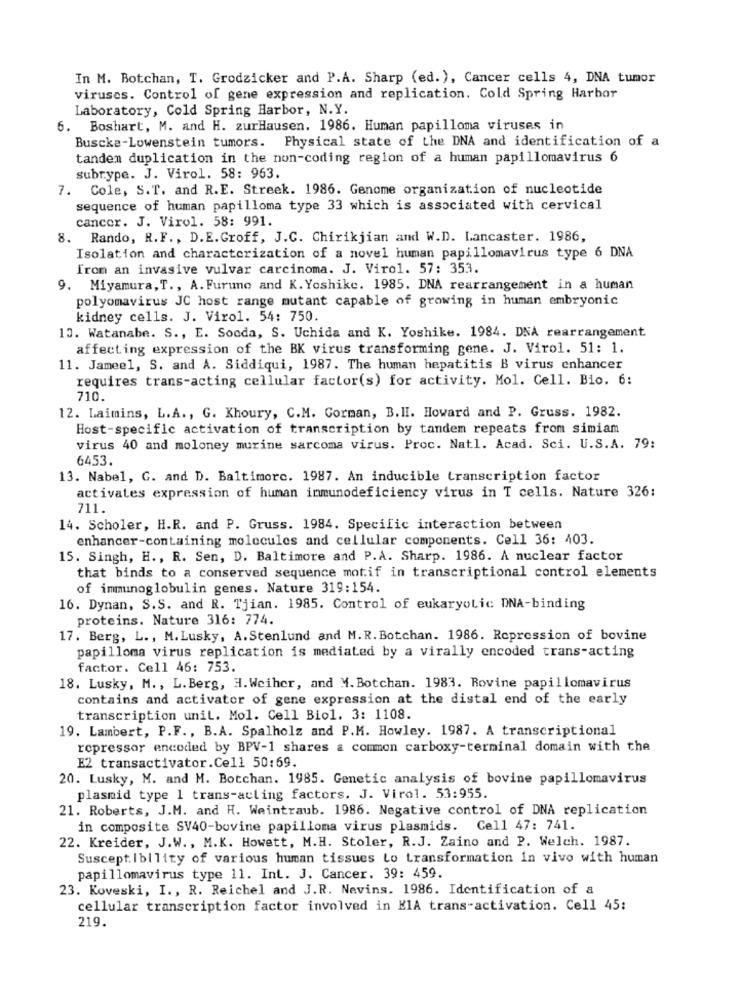
In M. Botchan, T. Grodzicker and P.A. Sharp (ed. ), Cancer cells 4, DNA tumor
viruses. Control of gene expression and replication. Cold Spring Harbor
Laboratory, Cold Spring Harbor, N.Y.
6. Boshart, M. and H. zurHausen. 1986. Human papilloma viruses in
Buscke-Lowenstein tumors. Physical state of the DNA and identification of a
tandem duplication in the non-coding region of a human papillomavirus 6
subtype. J. Virol. 58: 963.
7. Cole, S.T. and R.E. Streek. 1986. Genome organization of nucleotide
sequence of human papilloma type 33 which is associated with cervical
cancer. J. Virol. 58: 991.
8. Rando, R.F ., D.E.Groff, J.C. Chirikjian and W.D. Lancaster. 1986,
Isolation and characterization of a novel human papillomavirus type 6 DNA
from an invasive vulvar carcinoma. J. Virol. 57: 353.
9. Miyamura, T ., A. Furuno and K. Yoshike. 1985. DNA rearrangement in a human
polyomavirus JC host range mutant capable of growing in human embryonic
kidney cells. J. Virol. 54: 750.
13. Watanabe. S ., E. Socda, S. Uchida and K. Yoshike. 1984. DNA rearrangement
affecting expression of the BK virus transforming gene. J. Virol. 51: 1.
11. Jameel, S. and A. Siddiqui, 1987. The human hepatitis B virus enhancer
requires trans-acting cellular factor(s) for activity. Mol. Cell. Bio. 6:
710.
12. Laimins, L.A ., G. Khoury, C.M. Gorman, B.H. Howard and P. Gruss. 1982.
Host-specific activation of transcription by tandem repeats from simiam
virus 40 and moloney murine sarcoma virus. Proc. Natl. Acad. Sci. U.S.A. 79:
6453.
13. Nabel, G. and D. Baltimore. 1987. An inducible transcription factor
activates expression of human immunodeficiency virus in T cells. Nature 326:
711.
14. Scholer, H.R. and P. Gruss. 1984. Specific interaction between
enhancer-containing molecules and cellular components. Cell 36: 403.
15. Singh, H ., R. Sen, D. Baltimore and P.A. Sharp. 1986. A nuclear factor
that binds to a conserved sequence motif in transcriptional control elements
of immunoglobulin genes. Nature 319:154.
16. Dynan, S.S. and R. Tjian. 1985. Control of eukaryotic DNA-binding
proteins. Nature 316: 774.
17. Berg, L ., M. Lusky, A. Stenlund and M. R. Botchan. 1986. Repression of bovine
papilloma virus replication is mediated by a virally encoded trans-acting
factor. Cell 46: 753.
18. Lusky, M ., L. Berg, H.Weiher, and M. Botchan. 1983. Rovine papillomavirus
contains and activator of gene expression at the distal end of the early
transcription unit. Mol. Cell Biol. 3: 1108.
19. Lambert, P.F ., B.A. Spalholz and P.M. Howley. 1987. A transcriptional
repressor encoded by BPV-1 shares a common carboxy-terminal domain with the
E2 transactivator.Cell 50:69.
20. Lusky, M. and M. Botchan. 1985. Genetic analysis of bovine papillomavirus
plasmid type 1 trans-acling factors. J. Virol. 53:955.
21. Roberts, J.M. and H. Weintraub. 1986. Negative control of DNA replication
in composite SV40-bovine papilloma virus plasmids. Cell 47: 741.
22. Kreider, J.W ., M.K. Howett, M.H. Stoler, R.J. Zaino and P. Welch. 1987.
Susceptibility of various human tissues Lo transformation In vivo with human
papillomavirus type 11. Int. J. Cancer. 39: 459.
23. Koveski, I ., R. Reichel and J.R. Nevins. 1986. Identification of a
cellular transcription factor involved in KIA trans-activation. Cell 45:
219.